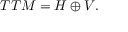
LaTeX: T T M = H \oplus V .